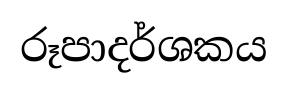
රූපාදර්ශකය